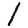
Digit: 1